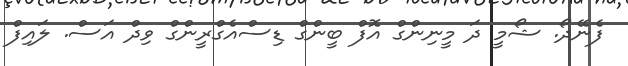
ފެނޭދޯ. ޝޯމީ ދަ މީނިންގް އޮފް ބީންގް ޑިސްއެގްރީންގް ވިދް އަސް. ލައިފް